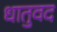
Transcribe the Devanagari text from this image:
धातुवद